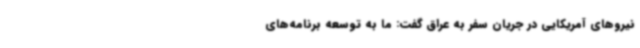
نیروهای آمریکایی در جریان سفر به عراق گفت: ما به توسعه برنامه‌های